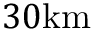
3 0 \mathrm { k m }